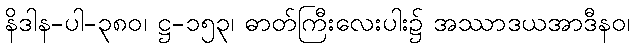
နိဒါန-ပါ-၃၈၀၊ ဋ္ဌ-၁၅၃၊ ဓာတ်ကြီးလေးပါး၌ အဿာဒယအာဒီနဝ၊